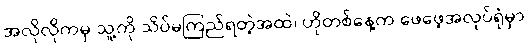
အလိုလိုကမှ သူ့ကို သိပ်မကြည်ရတဲ့အထဲ၊ ဟိုတစ်နေ့က ဖေဖေ့အလုပ်ရုံမှာ